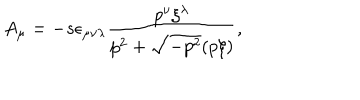
A _ { \mu } = - s \epsilon _ { \mu \nu \lambda } \frac { p ^ { \nu } \xi ^ { \lambda } } { p ^ { 2 } + \sqrt { - p ^ { 2 } } ( p \xi ) } ,